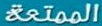
الممتعة